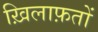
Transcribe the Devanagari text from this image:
ख़िलाफ़तों